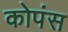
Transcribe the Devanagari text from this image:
कोपंस